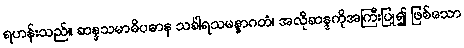
ရဟန်းသည်။ ဆန္ဒသမာဓိပဓာန သင်္ခါရသမန္နာဂတံ၊ အလိုဆန္ဒကိုအကြီးပြု၍ ဖြစ်သော